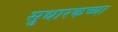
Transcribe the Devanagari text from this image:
सुधारकच्या